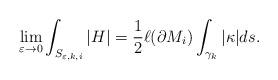
LaTeX: \begin{align*} \lim_{\varepsilon\to0}\int_{S_{\varepsilon,k,i}}|H| = \frac{1}{2}\ell(\partial M_i)\int_{\gamma_k}|\kappa|ds. \end{align*}